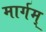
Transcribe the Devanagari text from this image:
मार्गम्